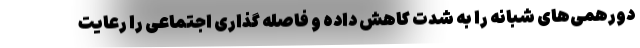
دورهمی‌های شبانه را به شدت کاهش داده و فاصله گذاری اجتماعی را رعایت